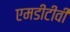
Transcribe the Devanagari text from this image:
एमडीटीवी